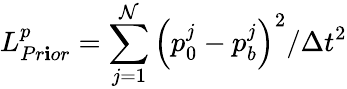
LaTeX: L_{Pr\mathbf{i}or}^{p}=\sum_{j=1}^{\mathcal{N}}{{{\left({{p}_{0}^{j}}-{{p}_{b}^{j}}\right)}^{2}}/\Delta{{t}^{2}}}